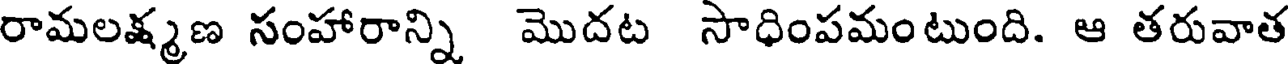
రామలక్ష్మణ సంహారాన్ని మొదట సాధింపమంటుంది. ఆ తరువాత